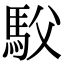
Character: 䭸